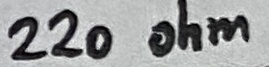
Text: 220 ohm